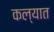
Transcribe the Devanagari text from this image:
कल्यात